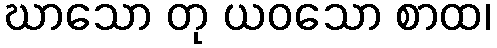
ဃာသော တု ယဝသော စာထ၊